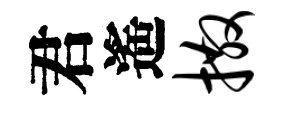
君遙撒